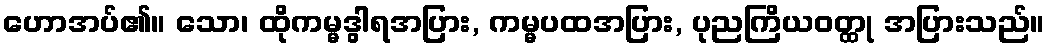
ဟောအပ်၏။ သော၊ ထိုကမ္မဒွါရအပြား, ကမ္မပထအပြား, ပုညကြိယဝတ္ထု အပြားသည်။